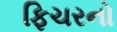
ફિચરનો